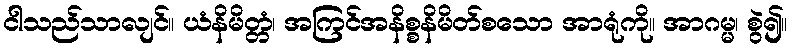
ငါသည်သာလျင်။ ယံနိမိတ္တံ၊ အကြင်အနိစ္စနိမိတ်စသော အာရုံကို။ အာဂမ္မ၊ စွဲ၍။